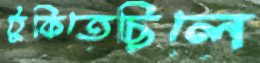
ঠুকিতেছিলে